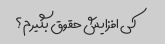
کی افزایش حقوق بگیرم؟